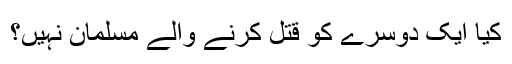
کیا ایک دوسرے کو قتل کرنے والے مسلمان نہیں؟